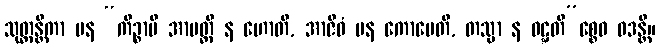
သုတ္တန္တိကာ ပန “ကိဉ္စာပိ အာပတ္တိ န ဟောတိ, အာဇီဝံ ပန ကောပေတိ, တသ္မာ န ဝဋ္ဋတိ”စ္စေဝ ဝဒန္တိ။